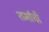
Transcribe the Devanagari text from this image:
शर्मांची